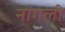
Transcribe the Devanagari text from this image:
नांगली